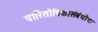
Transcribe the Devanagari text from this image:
पारितोषिकासंबंधीचा